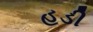
હડી